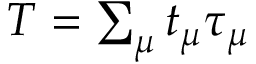
\begin{array} { r } { T = \sum _ { \mu } t _ { \mu } \tau _ { \mu } } \end{array}